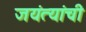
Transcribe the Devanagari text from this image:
जयंत्यांची